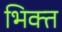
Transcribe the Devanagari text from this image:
भिक्त